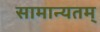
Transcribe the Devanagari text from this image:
सामान्यतम्